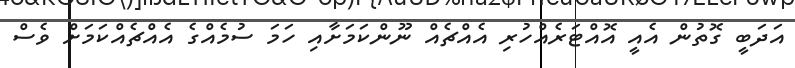
އަދަބީ ގޮތުން އެއީ އޮއްޓަރެއްހުރި އެއްޗެއް ނޫންކަމަށާއި ހަމަ ސުމެއްގެ އެއްޗެއްކަމަށް ވެސް